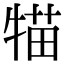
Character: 𤚐